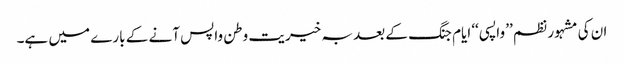
ان کی مشہور نظم ’’ واپسی ‘‘ ایام جنگ کے بعد بہ خیریت وطن واپس آنے کے بارے میں ہے۔